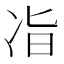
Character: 𫥉